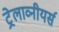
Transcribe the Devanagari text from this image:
ट्रेलाव्नीयर्स